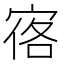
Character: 𪧒